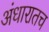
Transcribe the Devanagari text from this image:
अंधारातच